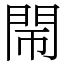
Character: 𨳪